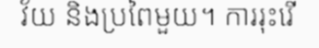
វ័យ និងប្រពៃមួយ។ ការរុះរើ